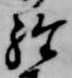
経